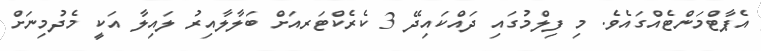
އެޕާޓްމަންޓެއްގައެވެ. މި ފިލްމުގައި ދައްކައިދޭ 3 ކެރެކްޓަރއަށް ބަލާލާއިރު ލައިލާ އަކީ މެދުމިނަށް